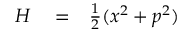
\begin{array} { r l r } { H } & { { } = } & { \frac { 1 } { 2 } ( x ^ { 2 } + p ^ { 2 } ) } \end{array}